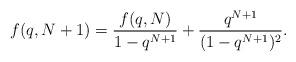
LaTeX: \begin{align*}f(q, N+1)= \frac{f(q, N)}{1-q^{N+1}} + \frac{q^{N+1}}{(1-q^{N+1})^2}.\end{align*}